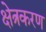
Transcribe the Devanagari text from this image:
क्षेत्रकरण